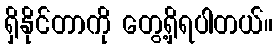
ရှိနိုင်တာကို တွေ့ရှိရပါတယ်။